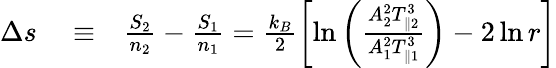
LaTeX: \begin{array}{rlr}{\Delta s}&{{}\equiv}&{\frac{S_{2}}{n_{2}}-\frac{S_{1}}{n_{1}}=\frac{k_{B}}{2}\left[\ln\left(\frac{A_{2}^{2}T_{\parallel 2}^{3}}{A_{1}^{2}T_{\parallel 1}^{3}}\right)-2\ln r\right]}\end{array}